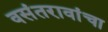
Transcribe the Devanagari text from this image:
वसंतरावांचा